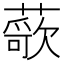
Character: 𬞢